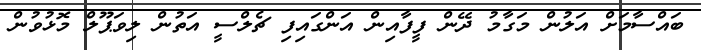
ބައްސާމަށް އަލުން މަގާމު ދޭން ފީފާއިން އަންގައިފި ޗެލްސީ އަތުން ލިވަޕޫލް މޮޅުވުން